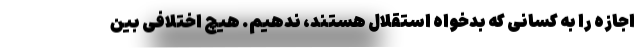
اجازه را به کسانی که بدخواه استقلال هستند، ندهیم. هیچ اختلافی بین